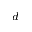
^ d